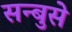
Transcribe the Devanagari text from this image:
सन्बुसे